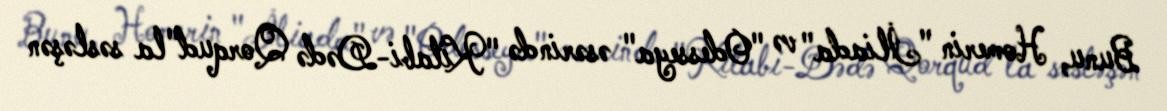
Bunu, Homerin "İliada" və "Odesseya" əsərində "Kitabi-Dədə Qorqud"la səsləşən